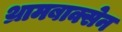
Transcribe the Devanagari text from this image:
थ्रामबाक्सेन